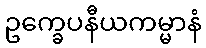
ဥက္ခေပနီယကမ္မာနံ